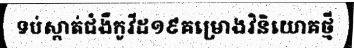
ទប់ស្កាត់ជំងឺកូវីដ១៩គម្រោងវិនិយោគថ្មី